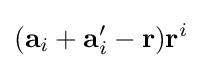
(\mathbf {a} _{i}+\mathbf {a} '_{i}-\mathbf {r} )\mathbf {r} ^{i}